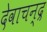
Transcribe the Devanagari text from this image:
देवाचन्द्र